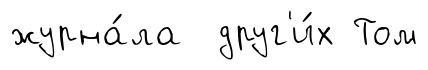
журна́ла друг'и́х Том